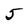
Character: 5